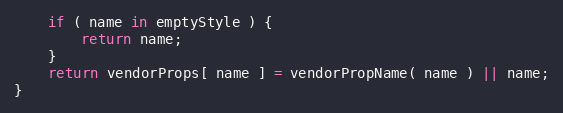
Language: JavaScript
	if ( name in emptyStyle ) {
		return name;
	}
	return vendorProps[ name ] = vendorPropName( name ) || name;
}